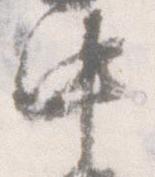
中